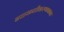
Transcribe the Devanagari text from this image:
बळकटीकरणाबाबत